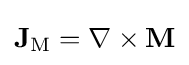
\mathbf {J} _{\mathrm {M} }=\nabla \times \mathbf {M}